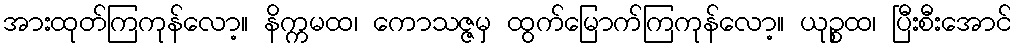
အားထုတ်ကြကုန်လော့။ နိက္ကမထ၊ ကောသဇ္ဇမှ ထွက်မြောက်ကြကုန်လော့။ ယုဉ္စထ၊ ပြီးစီးအောင်